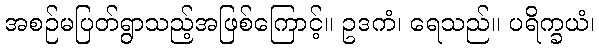
အစဉ်မပြတ်ရွာသည့်အဖြစ်ကြောင့်။ ဥဒကံ၊ ရေသည်။ ပရိက္ခယံ၊